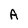
Character: A